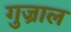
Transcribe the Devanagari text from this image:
गुज्राल